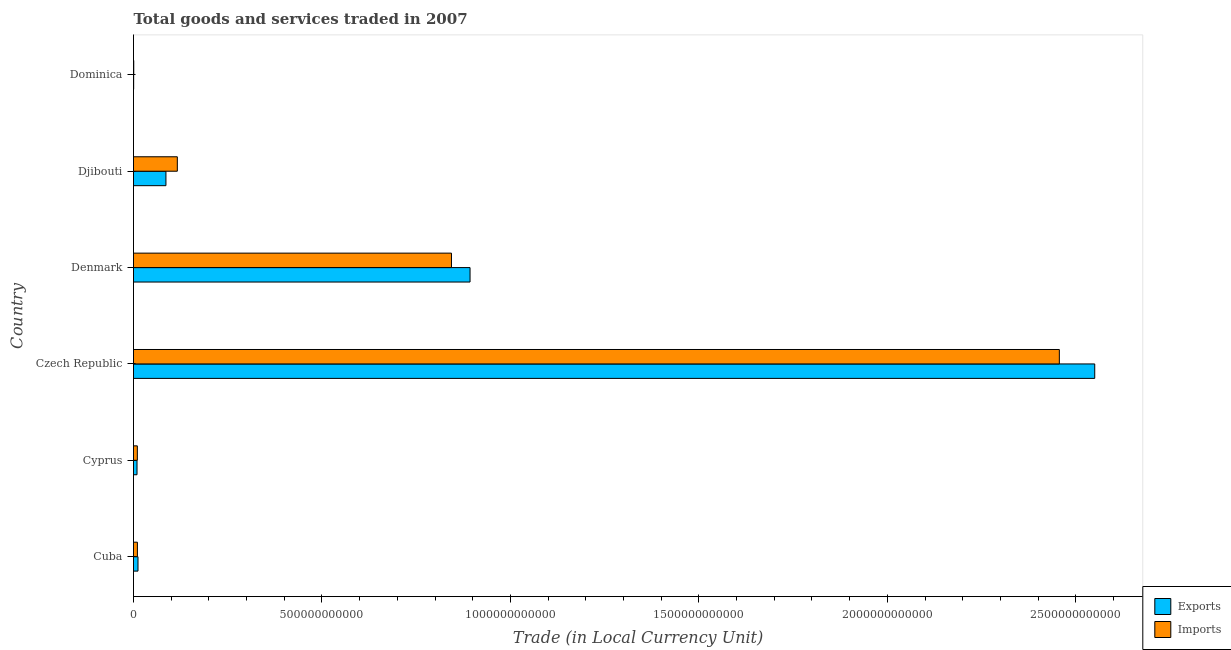
| Country | Exports | Imports |
 | --- | --- | --- |
 | Cuba | 1.19e+10 | 1.03e+10 |
 | Cyprus | 9.33e+09 | 1.02e+10 |
 | Czech Republic | 2.55e+12 | 2.46e+12 |
 | Denmark | 8.93e+11 | 8.44e+11 |
 | Djibouti | 8.6e+10 | 1.16e+11 |
 | Dominica | 3.99e+08 | 6.38e+08 |